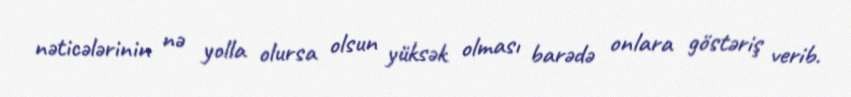
nəticələrinin nə yolla olursa olsun yüksək olması barədə onlara göstəriş verib.